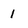
Character: 1